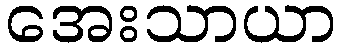
အေးသာယာ